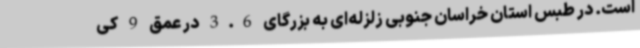
است. در طبس استان خراسان جنوبی زلزله‌ای به بزرگای 3.6 در عمق 9 کی